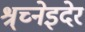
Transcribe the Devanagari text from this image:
श्र्च्नेइदेर